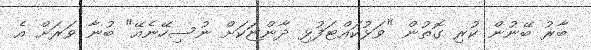
ބާރު ބޭނުން ކުރި ގޮތުން "ވަޅުކައްޓަފުޅި ދާންޏަކަށް ނުސިހޭނެއޭ" ބުނާ ވަރަށް އެ